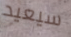
سيعيد